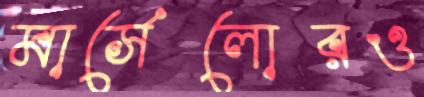
মার্সেলোরও